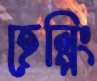
হেল্পিং